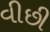
વીછી